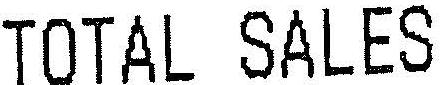
TOTAL SALES